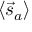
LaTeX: \langle { \vec { s } } _ { a } \rangle